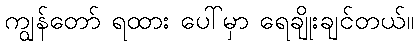
ကျွန်တော် ရထား ပေါ်မှာ ရေချိုးချင်တယ်။